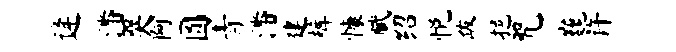
逄潘哭阿圆青潘建裤慷赋绍悦跋挹咒巍许